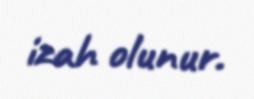
izah olunur.